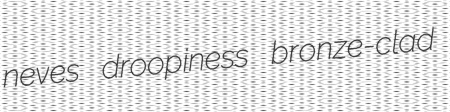
neves droopiness bronze-clad